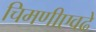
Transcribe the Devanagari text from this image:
चिमणीएवढे